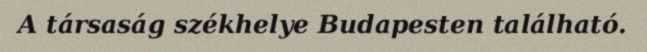
A társaság székhelye Budapesten található.